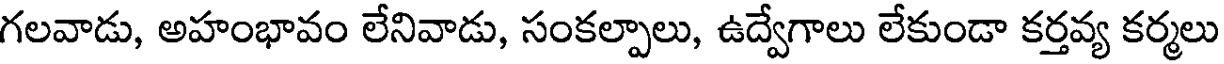
గలవాడు, అహంభావం లేనివాడు, సంకల్పాలు, ఉద్వేగాలు లేకుండా కర్తవ్య కర్మలు